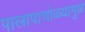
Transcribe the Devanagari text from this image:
पालापाचोळ्यामुळे